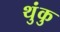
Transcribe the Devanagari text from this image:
थुंकु